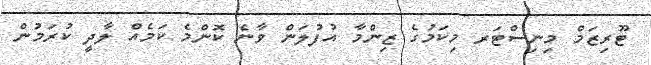
ޓޫރިޒަމް މިނިސްޓަރ މިކަމުގެ ޒިންމާ އުފުލަން ވާނެ ކޮންމެ ކަމެއް ލާދީ ކުރަމުން